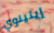
إيلينوي